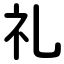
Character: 礼